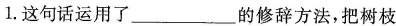
1.这句话运用了___的修辞方法，把树枝